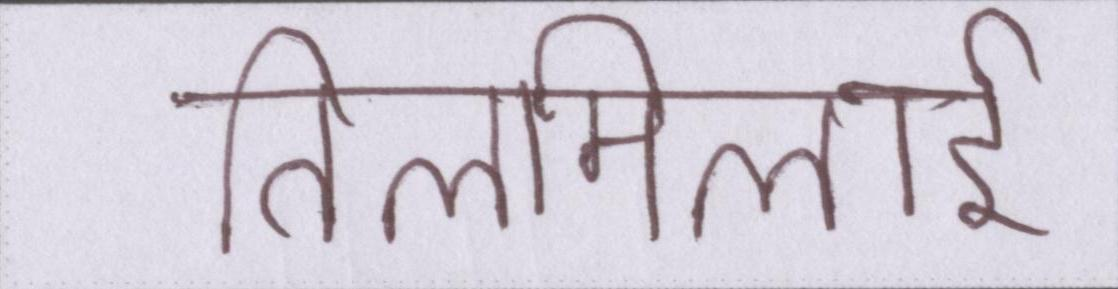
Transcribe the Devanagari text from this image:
तिलमिलाई